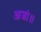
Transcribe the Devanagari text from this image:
अजां॥